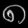
Digit: ၈